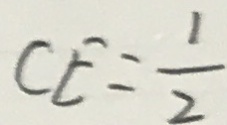
C E = \frac { 1 } { 2 }